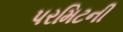
પરમિટની